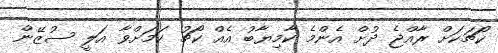
ކޯޗަކަށް ރާއްޖެ ދުށް އެންމެ ކާމިޔާބު އެއް ކޯޗު ކަމަށްވާ އަލީ ސުޒޭން